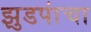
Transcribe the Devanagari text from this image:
झुडपांचा